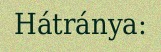
Hátránya: